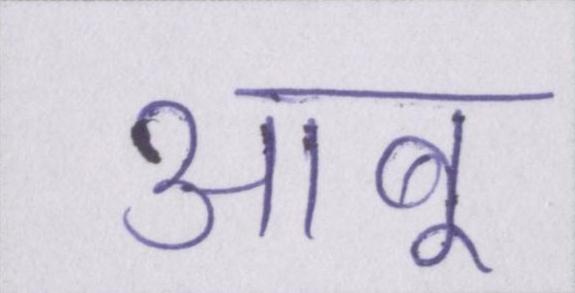
आबू